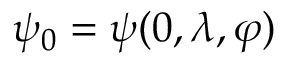
\psi _ { 0 } = \psi ( 0 , \lambda , \varphi )